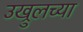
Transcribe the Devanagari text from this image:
उख्रुलच्या